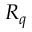
R _ { q }